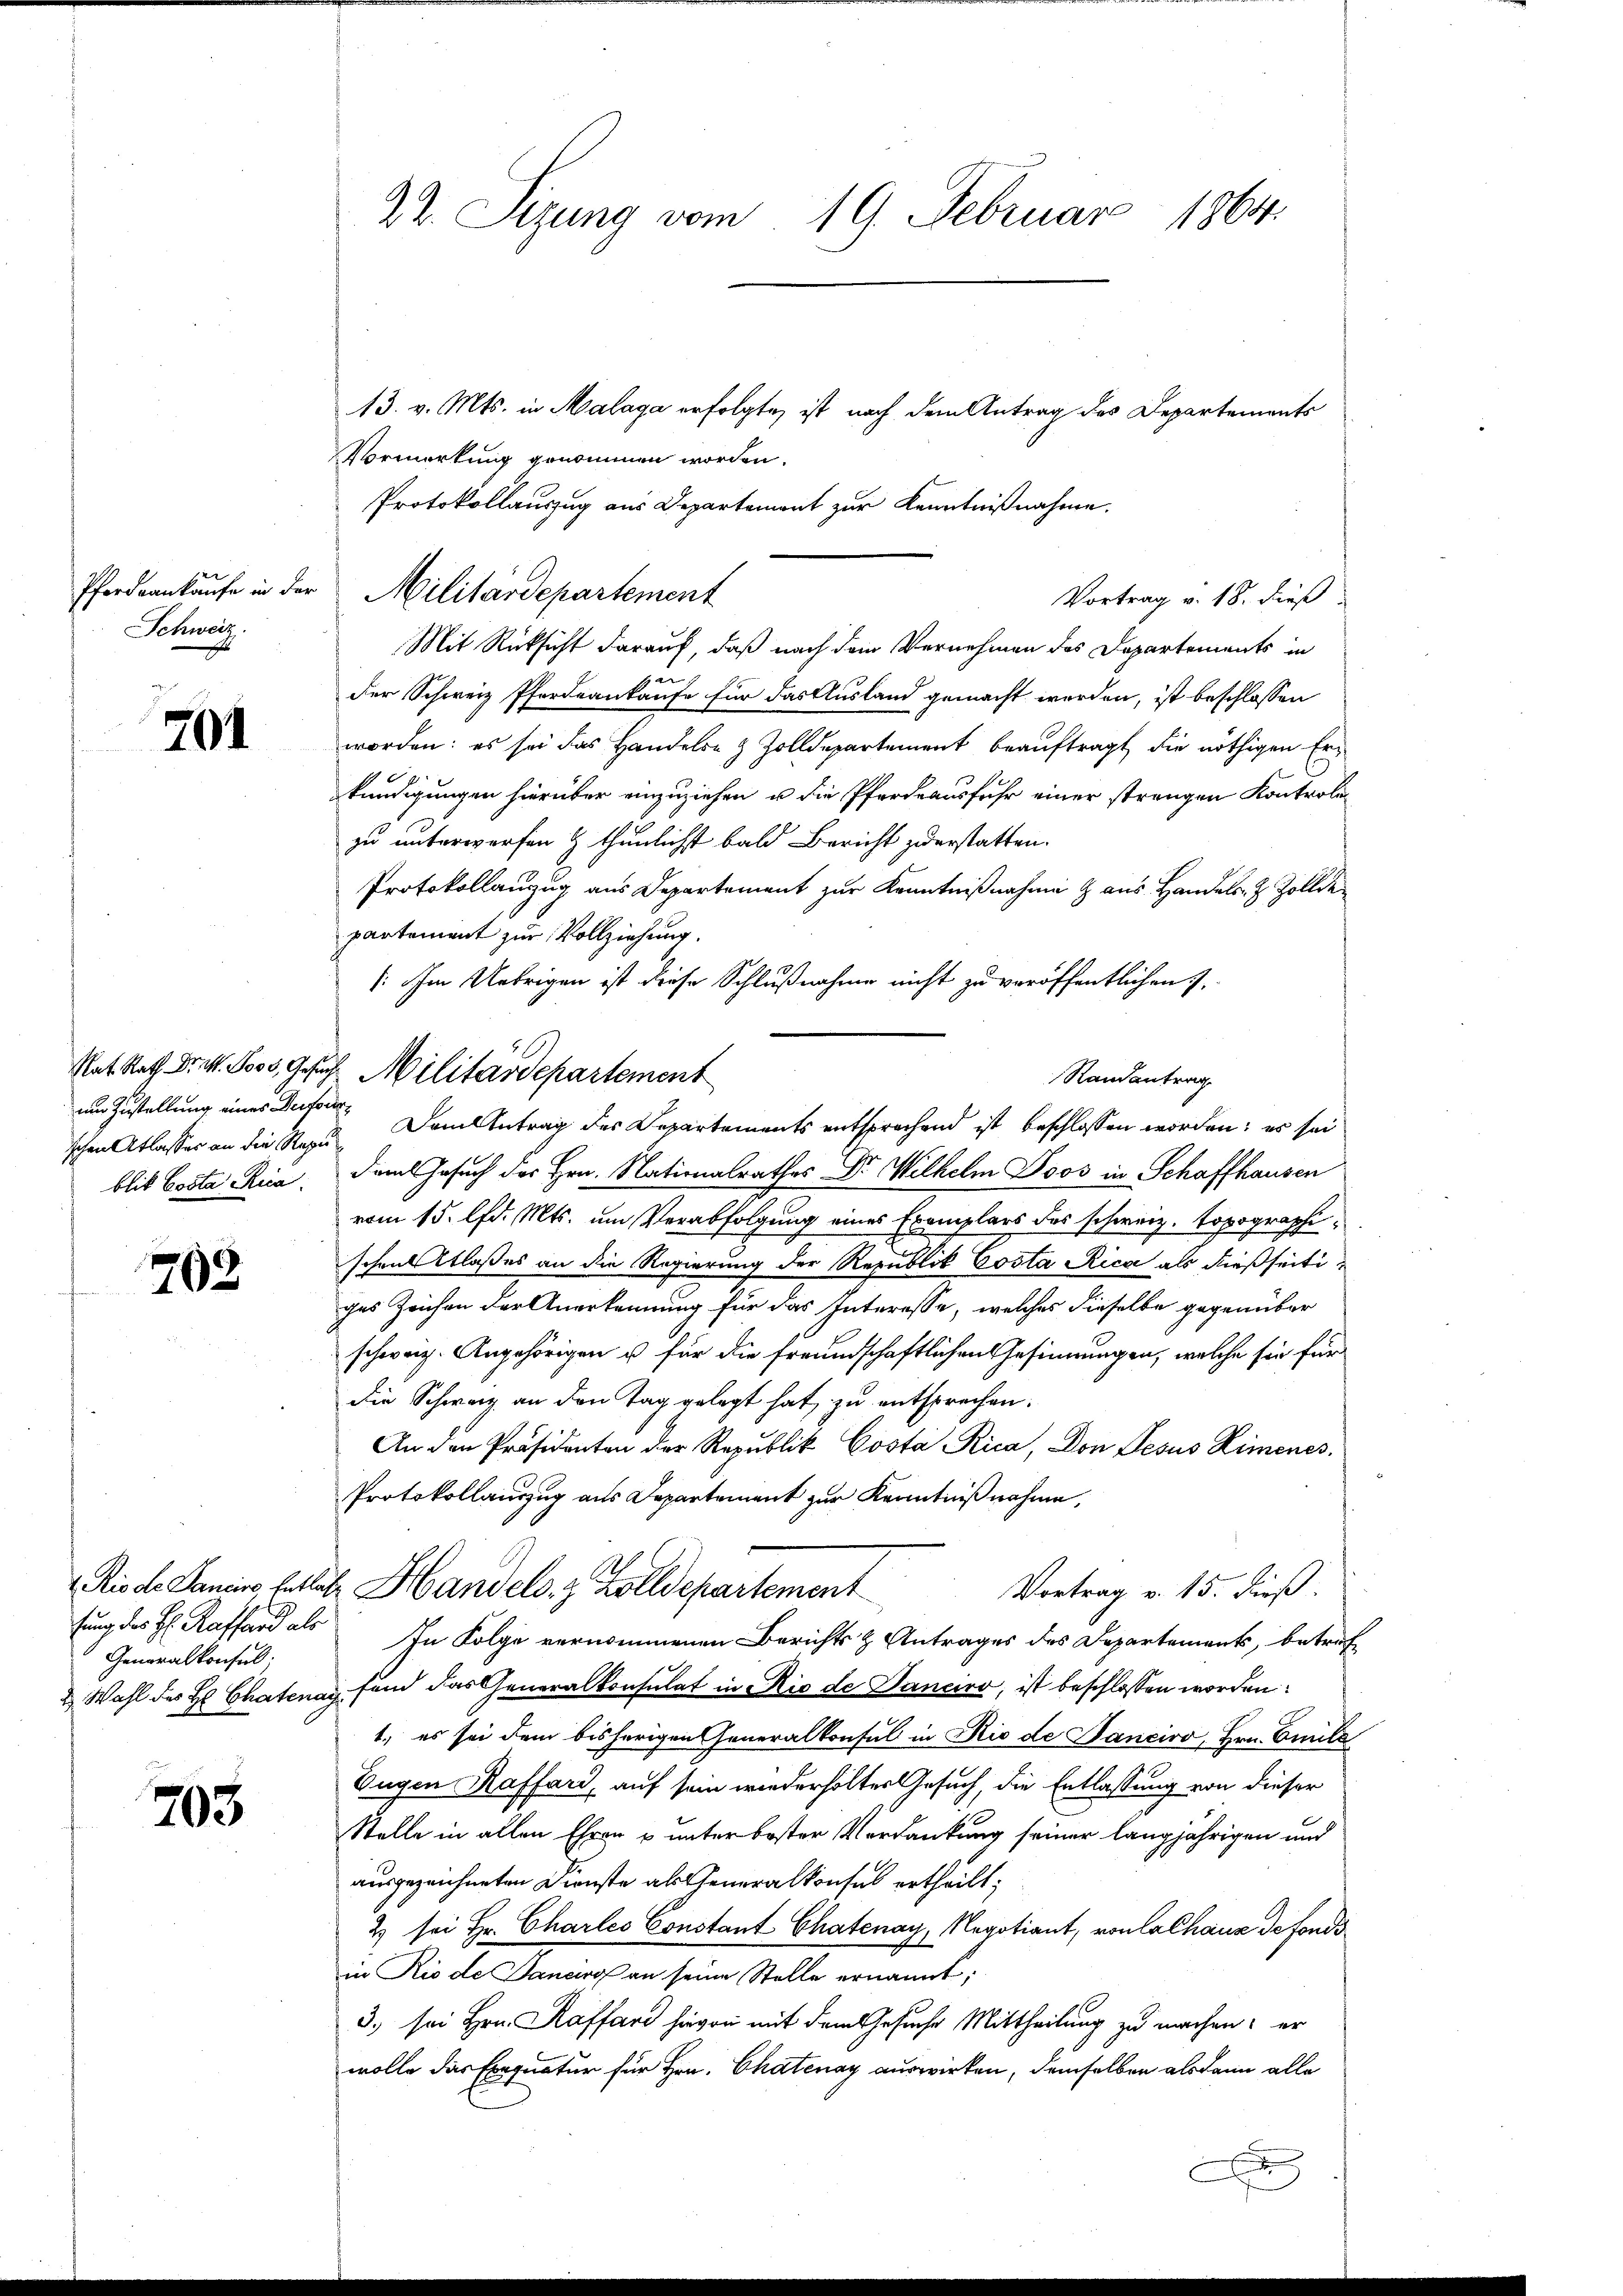
Schweiz.

701

schen Atlasses an die Repu
blik Costa Rica

798

Generalkonsul

205

13. v. Mts. in Malaga erfolgte, ist nach dem Antrag des Departements
Vormerkung genommen worden.
Protokollauszug aus Departement zur Kenntnißnahme.
Mit Rücksicht darauf, daß nach dem Vernehmen des Departements in
u
der Schweiz Pfordeaukaufe für das Ausland gemacht werden, ist beschlossen
worden: es sei das Handeln & Zolldepartement beauftragt, die nöthigen Erkündigungen hierüber einzuziehen u die Pferdeausfuhr einer strengen Kontroli
zu unterworfen & thunlicht bald Bericht zuerstatten.
Protokollanzug aus Departement zur Kenntnißnahme aus Handels. z. Zolldepartement zur Vollziehung.
/: Im Uebrigen ist diese Schlußnahme nicht zu veröffentlichen
Randantrag
um Zustellung eines Deser Damentrag des Departements entsprechend ist beschlossen worden; es sei
dam Gesuch des Hrn. Nationalrathes Dr. Wilhelm Joos in Schaffhausen
vom 15. lfd. Mts. um Verabfolgung eines Exemplars des schweiz. Topographischen Claßes an die Regierung der Republik Costa Rica als dießseitiges Zeichen der Anerkennung für das Interesse, welches dieselbe gegenüber
schweiz. Angehörigen u für die freundschaftlichen Gesinnungen, welche sie für
die Schwarz an den Tag gelegt hat, zu entsprechen.
An den Präsidenten der Republik Costa Rica, Don Jesus Rimenes.
Protokollauszug aus Departement zur Kenntnißnahme,
Rio de Lamins, hattet Handels- & Zolldepartement
Vortrag v. 15. dieß.
fung des H. Raffard als In Folge vernommenen Berichts & Antrages des Departement, betref¬
2 Wahl des H: Chatenag fand das Generalkonsulat in Rio de Sanciro, ist beschlossen worden.
1., es sei dem bisherigen Generalkonsul in Nie de Banciro, Hrn. Emile
Eugen Kaffard, auf sein wiederholter Gesuch, die Entlassung von dieser
Stelle in allen Ehren & unter bester Verdankung seiner langjährigen und
ausgezeichneten Dienste als Generalkonses ertheilt;
2 sei Hr. Charles Constant Chatenay, Negotiant, von lalhaus de fonds
in Rio de Dauer an seine Stelle ernannt;
3. sei Hrn. Kaffer hievon mit dem Gesuche Mittheilung zu machen; er
wolle das Exequatur für Hrn. Chatenay auswirken, demselben alsdann alle
A

22. Sitzung vom 19. Februar 1864.

Pferdankaŭfe in der Militärdepartement

Rat. Rath Dr. M. Moos, Gesuch Militärdepartement

Vortrag v. 18. dieß